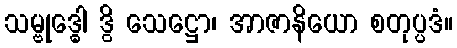
သမ္ဗုဒ္ဓေါ ဒွိ သေဋ္ဌော၊ အာဇာနိယော စတုပ္ပဒံ။